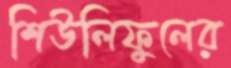
শিউলিফুলের